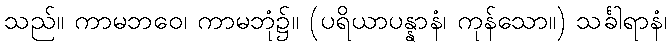
သည်။ ကာမဘဝေ၊ ကာမဘုံ၌။ (ပရိယာပန္နာနံ၊ ကုန်သော။) သင်္ခါရာနံ၊